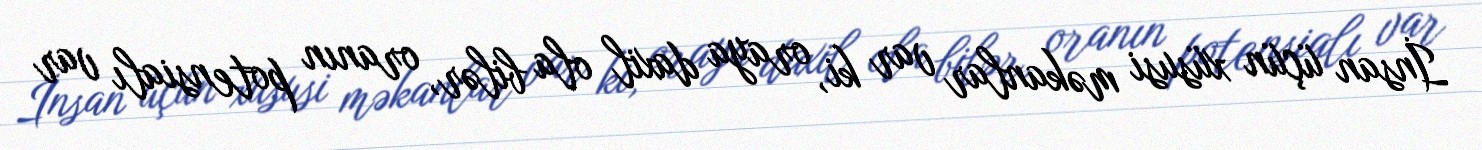
İnsan üçün xüsusi məkanlar var ki, oraya daxil ola bilər, oranın potensialı var